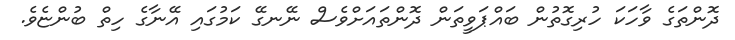
ދޮންތަގެ ވާހަކަ ހުރިގޮތުން ބައްޕަވީތަން ދޮންތައަށްވެސް ނޭނގޭ ކަމުގައި އޭނާގެ ހިތް ބުންޏެވެ.